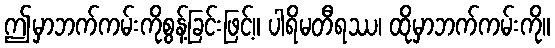
ဤမှာဘက်ကမ်းကိုစွန့်ခြင်းဖြင့်။ ပါရိမတီရဿ၊ ထိုမှာဘက်ကမ်းကို။